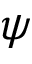
\psi